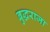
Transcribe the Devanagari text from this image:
बुद्धराजा